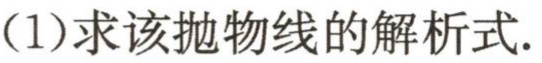
(1)求该抛物线的解析式.